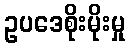
ဥပဒေစိုးမိုးမှု